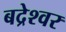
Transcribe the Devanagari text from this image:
बद्रेश्वर